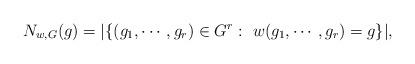
LaTeX: \begin{align*}N_{w,G}(g)=|\{(g_{1},\cdots,g_{r})\in G^{r}:\ w(g_{1},\cdots,g_{r})=g\}|,\end{align*}